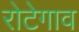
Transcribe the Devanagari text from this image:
रोटेगाव